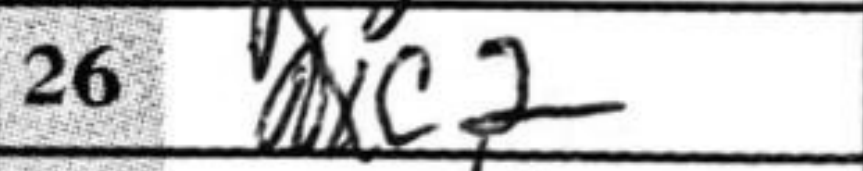
Transcription: Nxc2